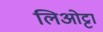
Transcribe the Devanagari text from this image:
लिओट्टा